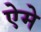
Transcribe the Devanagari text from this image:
ऐमे